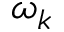
\omega _ { k }